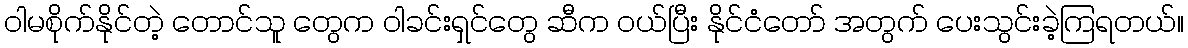
ဝါမစိုက်နိုင်တဲ့ တောင်သူ တွေက ဝါခင်းရှင်တွေ ဆီက ဝယ်ပြီး နိုင်ငံတော် အတွက် ပေးသွင်းခဲ့ကြရတယ်။